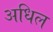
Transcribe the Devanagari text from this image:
अधिल